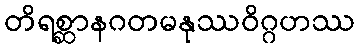
တိရစ္ဆာနဂတမနုဿဝိဂ္ဂဟဿ